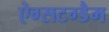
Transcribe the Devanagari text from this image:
ऐग्सटग्डैम